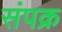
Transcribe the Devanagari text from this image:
संपक्र